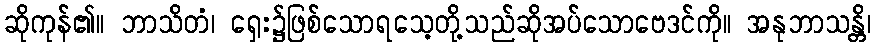
ဆိုကုန်၏။ ဘာသိတံ၊ ရှေး၌ဖြစ်သောရသေ့တို့သည်ဆိုအပ်သောဗေဒင်ကို။ အနုဘာသန္တိ၊